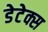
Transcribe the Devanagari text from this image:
डेटेक्स